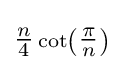
\scriptstyle {\tfrac {n}{4}}\cot \left({\tfrac {\pi }{n}}\right)